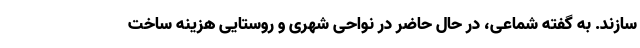
سازند. به گفته شماعی، در حال حاضر در نواحی شهری و روستایی هزینه ساخت